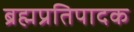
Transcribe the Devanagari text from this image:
ब्रह्मप्रतिपादक